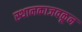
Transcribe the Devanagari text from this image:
स्थानकाजवळून